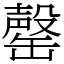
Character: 罄